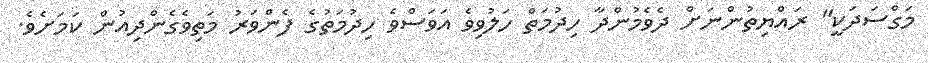
މަގްސަދަކީ" ރައްޔިތުންނަށް ދެވެމުންދާ ހިދުމަތް ހަލުވިވެ އަވަސްވެ ހިދުމަތުގެ ފެންވަރު މަތިވެގެންދިއުން ކަމަށެވެ.